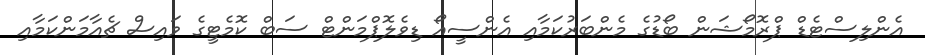
އެންލިސްޓެޑް ޕްރޮމޯޝަން ބޯޑުގެ މެންބަރުކަމާއި އެންސީއޯ ޑިވެލޮޕްމަންޓް ސަބް ކޮމެޓީގެ ވައިސް ޗެއާމަންކަމާއި